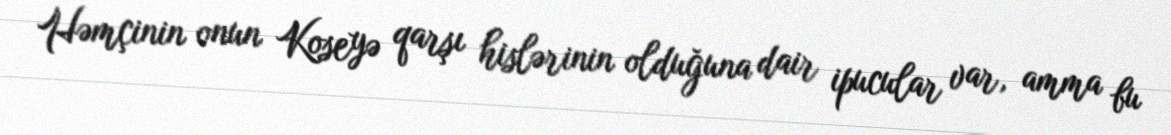
Həmçinin onun Koseyə qarşı hislərinin olduğuna dair ipucular var, amma bu